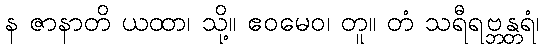
န ဇာနာတိ ယထာ၊ သို့။ ဧဝမေဝ၊ တူ။ တံ သရီရဗ္ဘန္တရံ၊